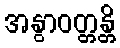
အနွာဝတ္တန္တိ